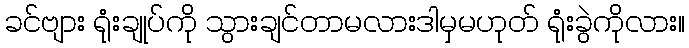
ခင်ဗျား ရုံးချုပ်ကို သွားချင်တာမလားဒါမှမဟုတ် ရုံးခွဲကိုလား။